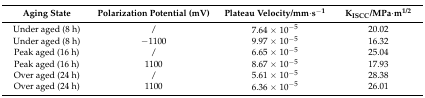
| Aging State | Polarization Potential (mV) | Plateau Velocity/mm·s−1 | KISCC/MPa·m1/2 |
 | --- | --- | --- | --- |
 | Under aged (8 h) | / | 7.64 × 10−5 | 20.02 |
 | Under aged (8 h) | −1100 | 9.97 × 10−5 | 16.32 |
 | Peak aged (16 h) | / | 6.65 × 10−5 | 25.04 |
 | Peak aged (16 h) | 1100 | 8.67 × 10−5 | 17.93 |
 | Over aged (24 h) | / | 5.61 × 10−5 | 28.38 |
 | Over aged (24 h) | 1100 | 6.36 × 10−5 | 26.01 |